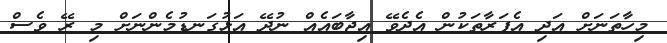
މިހާތަނަށް އަދި އެފަރާތަކުން އެދެވޭ އިޖާބައެއް ނުދޭ އަޅުގަނޑުމެންނަށް މި ރޭ ވެސް